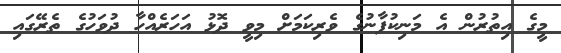
މީގެ އިތުރުން އެ މަނިކުފާނުގެ ވެރިކަމަށް މިވީ ދޮޅު އަހަރެއްހާ ދުވަހުގެ ތެރޭގައި